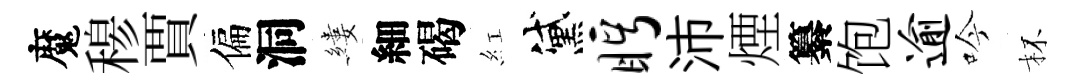
魔𥠇賈偏洞縷細碣紅黛眄沛煙纂饱逾吟杯